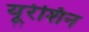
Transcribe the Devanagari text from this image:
यूरेशिन